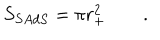
S _ { S A d S } = \pi r _ { + } ^ { 2 } \qquad .